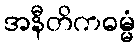
အနီတိကဓမ္မံ